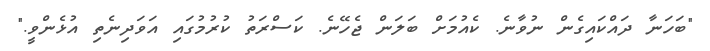
"ބަހަނާ ދައްކައިގެން ނުވާނެ. ކެއުމަށް ބަލަން ޖެހޭނެ. ކަސްރަތު ކުރުމުގައި އަވަދިނެތި އުޅެންވީ."